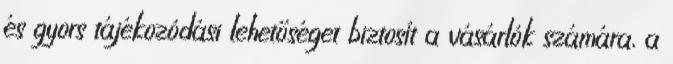
és gyors tájékozódási lehetőséget biztosít a vásárlók számára, a